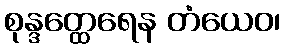
စုန္ဒတ္ထေရေန တံယေဝ၊